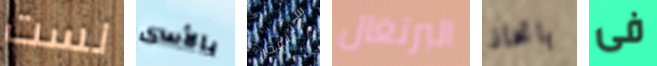
لست بالأسى ستنفجر البرتغال باتخاذ فى